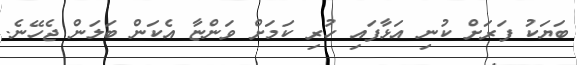
ބަޔަކު ފަރަށް ކުނި އަޅާފައި ހުރި ކަމަށް ވަންޏާ އެކަން ބަލަން ޖެހޭނެ.